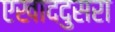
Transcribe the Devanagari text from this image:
एखाददुसरा